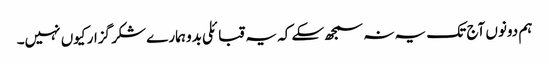
ہم دونوں آج تک یہ نہ سمجھ سکے کہ یہ قبائلی بدو ہمارے شکر گزار کیوں نہیں۔